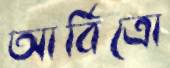
আর্বিত্রো